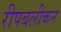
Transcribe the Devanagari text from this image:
रीपबलीकन